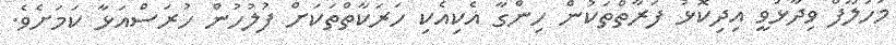
މަހުލޫފް ވިދާޅުވީ އިދިކޮޅު ފަރާތްތަކުން ހިންގާ އެކިއެކި ހަރަކާތްތަކަށް ފުލުހުން ހުރަސްއަޅާ ކަމަށެވެ.